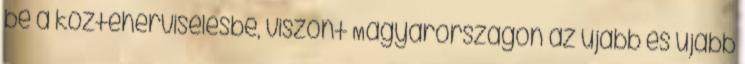
be a közteherviselésbe, viszont Magyarországon az újabb és újabb